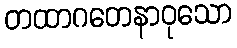
တထာဂတေနာဝုသော